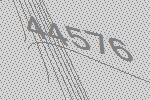
44576